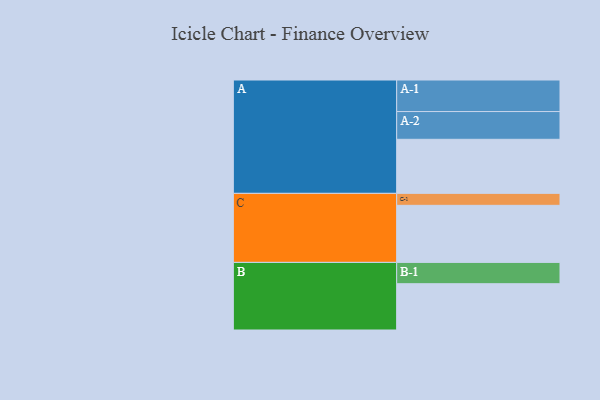
{"axis": {"x": "Segment", "y": "Value"}, "legend": ["", "A", "B", "C"], "data": [{"x": "A", "y": 411, "type": ""}, {"x": "B", "y": 352, "type": ""}, {"x": "C", "y": 434, "type": ""}, {"x": "A-1", "y": 240, "type": "A"}, {"x": "A-2", "y": 211, "type": "A"}, {"x": "B-1", "y": 162, "type": "B"}, {"x": "C-1", "y": 91, "type": "C"}]}